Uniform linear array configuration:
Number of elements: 8
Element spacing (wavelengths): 0.25
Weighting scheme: exponential
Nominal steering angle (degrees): -30
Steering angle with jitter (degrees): -30.403
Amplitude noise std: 0.05
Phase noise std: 0.05

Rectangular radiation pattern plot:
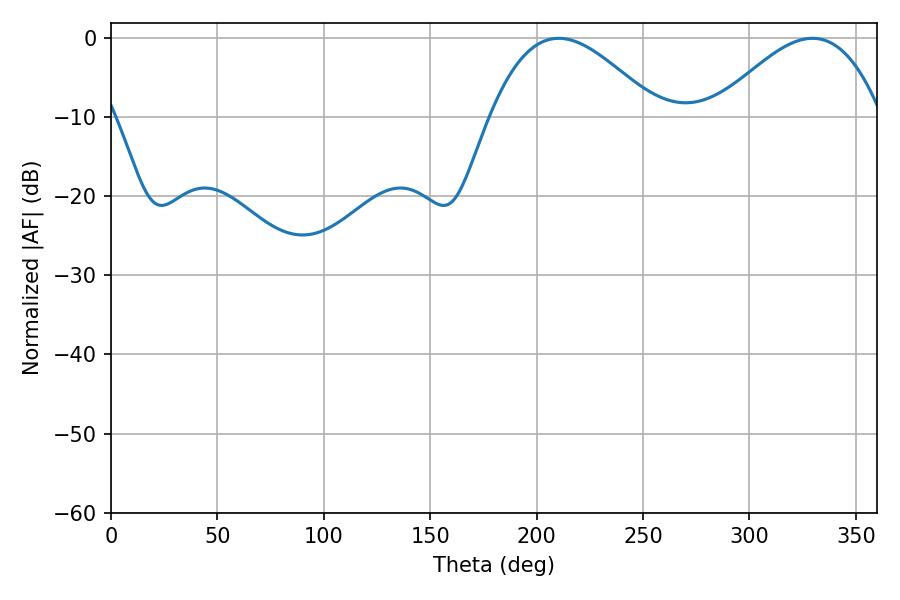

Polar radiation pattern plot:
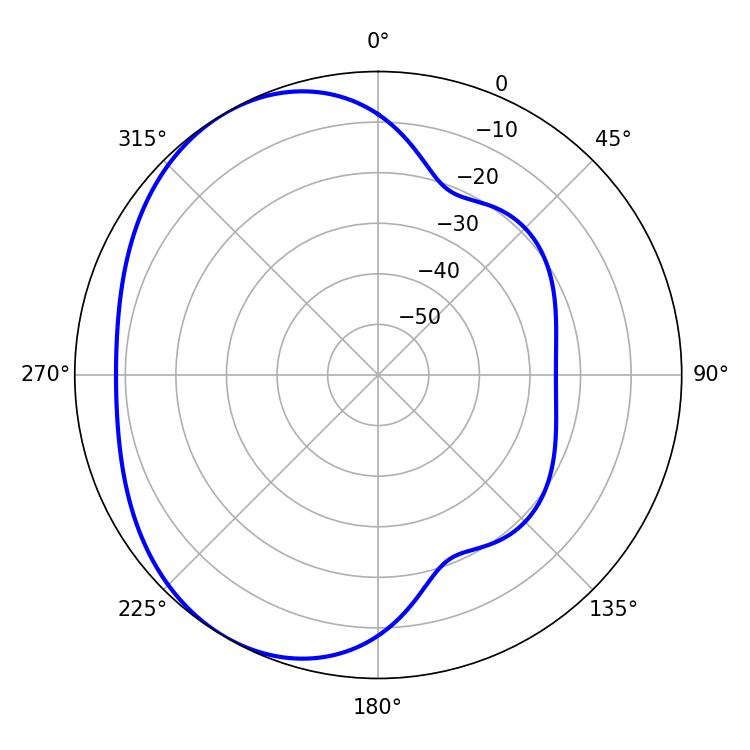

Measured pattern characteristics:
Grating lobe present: FALSE
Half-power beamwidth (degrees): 42.66
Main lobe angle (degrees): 210.42